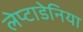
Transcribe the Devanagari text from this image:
लेप्टाडेनिया